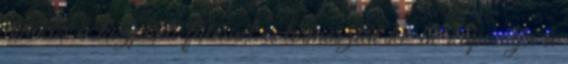
amikor a központi fűtésnél a termosztát ki-be kapcsolja a